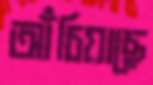
আঁচিয়াছে